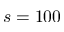
s = 1 0 0